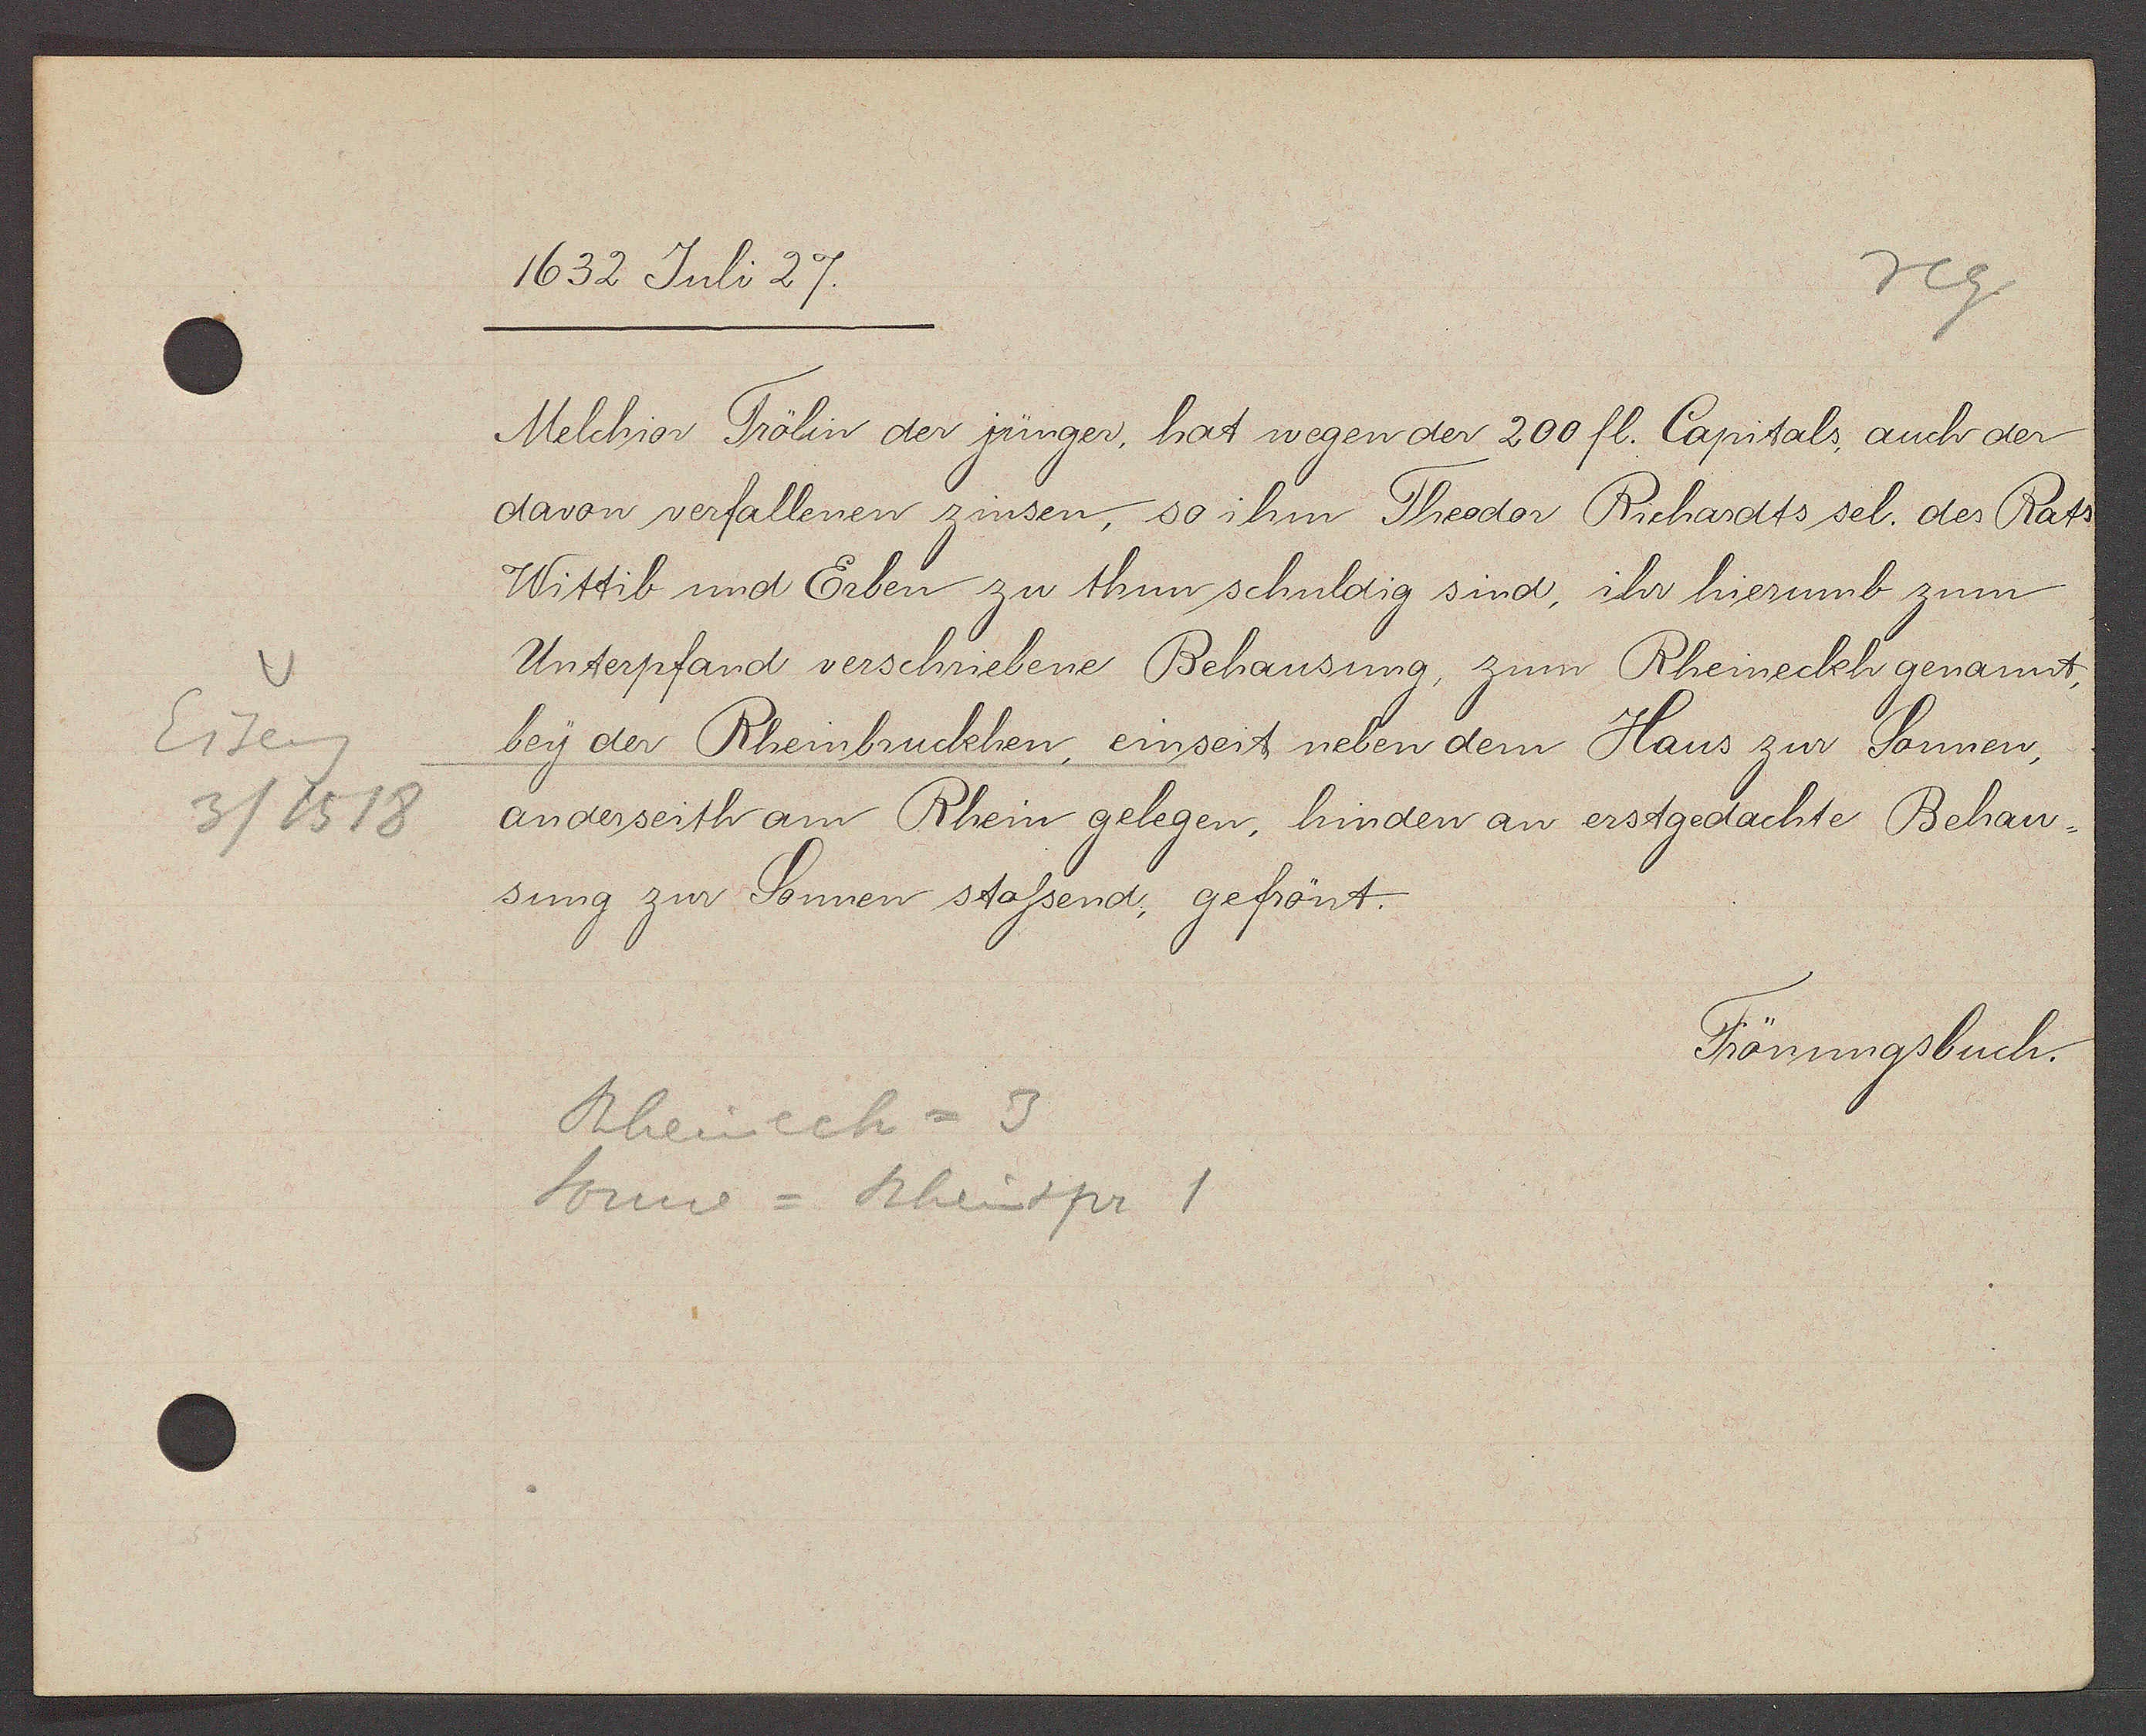
Transcript:
Eiseng
3/1518

1632 Juli 27.
Melchior Trölin der jünger, hat wegen der 200 fl. Capitals, auch der
davon verfallenen zinsen, so ihm Theodor Richardts sel. des Rats
Wittib und Erben zu thun schuldig sind, ihr hierumb zum
Unterpfand verschriebene Behausung, zum Rheineckh genannt,
bey der Rheinbruckhen, einseit neben dem Haus zur Sonnen,
anderseith am Rhein gelegen, hinder an erstgedachte Behau-
sung zur Sonnen stossend, gefrönt.
Frönungsbuch.
Rheinech = 3
Sonne = Rheinspr 1